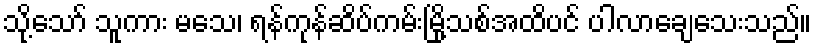
သို့သော် သူကား မသေ၊ ရန်ကုန်ဆိပ်ကမ်းမြို့သစ်အထိပင် ပါလာချေသေးသည်။